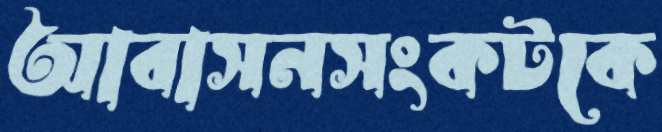
আবাসনসংকটকে